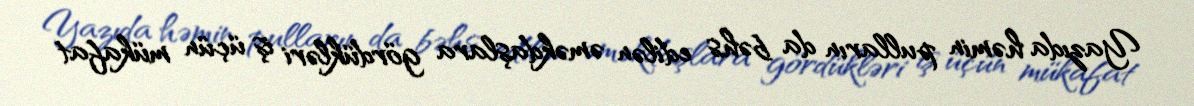
Yazıda həmin pulların da bəhs edilən əməkdaşlara gördükləri iş üçün mükafat